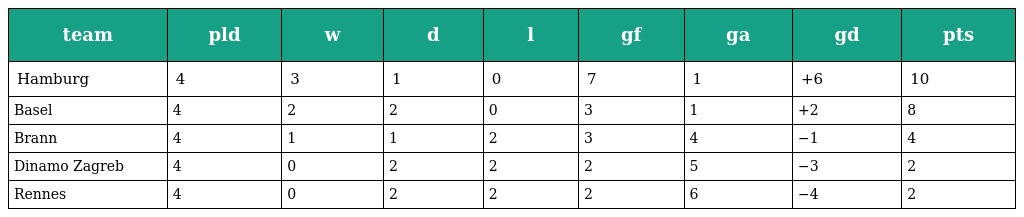
| team | pld | w | d | l | gf | ga | gd | pts |
 | --- | --- | --- | --- | --- | --- | --- | --- | --- |
 | Hamburg | 4 | 3 | 1 | 0 | 7 | 1 | +6 | 10 |
 | Basel | 4 | 2 | 2 | 0 | 3 | 1 | +2 | 8 |
 | Brann | 4 | 1 | 1 | 2 | 3 | 4 | −1 | 4 |
 | Dinamo Zagreb | 4 | 0 | 2 | 2 | 2 | 5 | −3 | 2 |
 | Rennes | 4 | 0 | 2 | 2 | 2 | 6 | −4 | 2 |